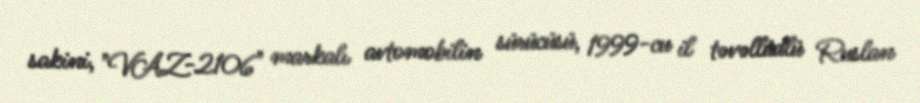
sakini, "VAZ-2106" markalı avtomobilin sürücüsü, 1999-cu il təvəllüdlü Ruslan